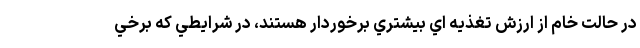
در حالت خام از ارزش تغذيه اي بيشتري برخوردار هستند، در شرايطي كه برخي